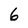
Character: 6